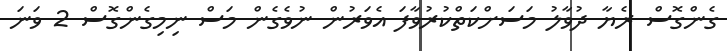
ގެންގޮސް ރެޔާ ދުވާލު މަސަށްކަތްކުރުވާފަ އެވަރުން ނުވެގެން މަސް ނިމިގެންގޮސް 2 ވަނަ